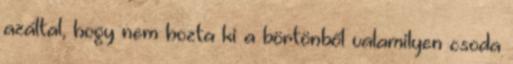
azáltal, hogy nem hozta ki a börtönből valamilyen csoda